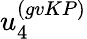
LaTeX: u_{4}^{(gvKP)}